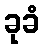
ခုခံ